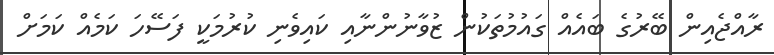
ރާއްޖެއިން ބޭރުގެ ބައެއް ގައުމުތަކުން ޒުވާނުންނާއި ކައިވެނި ކުރުމަކީ ފަސޭހަ ކަމެއް ކަމަށް